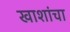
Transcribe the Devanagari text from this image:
खाशांचा